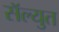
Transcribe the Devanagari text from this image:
सॅल्युत